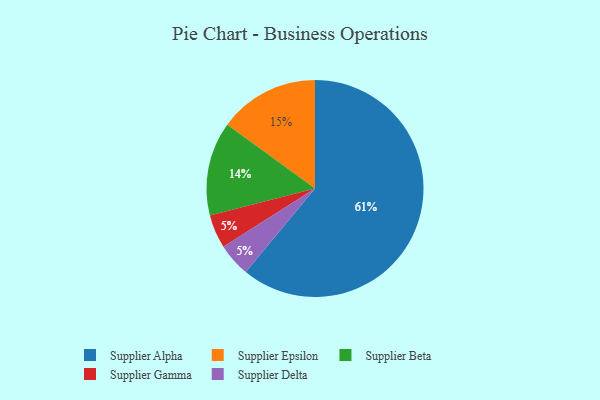
{"axis": {"x": "Category", "y": "Percentage"}, "legend": ["Supplier Alpha", "Supplier Beta", "Supplier Delta", "Supplier Epsilon", "Supplier Gamma"], "data": [{"x": "Supplier Beta", "y": 14, "type": "Supplier Beta"}, {"x": "Supplier Gamma", "y": 5, "type": "Supplier Gamma"}, {"x": "Supplier Delta", "y": 5, "type": "Supplier Delta"}, {"x": "Supplier Alpha", "y": 61, "type": "Supplier Alpha"}, {"x": "Supplier Epsilon", "y": 15, "type": "Supplier Epsilon"}]}